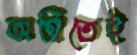
অগ্নিতেই